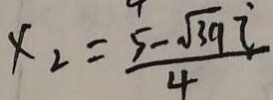
x _ { 2 } = \frac { 5 - \sqrt { 3 9 } i } { 4 }